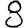
Digit: 8